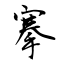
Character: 搴